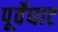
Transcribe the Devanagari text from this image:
पूर्वेघाट